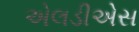
એલડીએસ